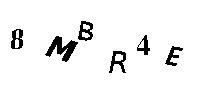
8MBR4E